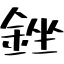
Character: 銼